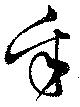
采